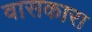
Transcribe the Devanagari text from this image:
वासकारा